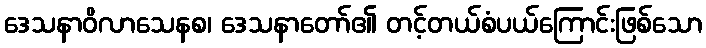
ဒေသနာဝိလာသေနစ၊ ဒေသနာတော်၏ တင့်တယ်စံပယ်ကြောင်းဖြစ်သော